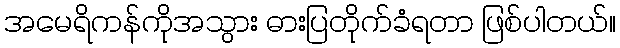
အမေရိကန်ကိုအသွား ဓားပြတိုက်ခံရတာ ဖြစ်ပါတယ်။